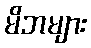
မိဘများ